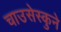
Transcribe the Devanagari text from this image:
चाउसेस्कुने